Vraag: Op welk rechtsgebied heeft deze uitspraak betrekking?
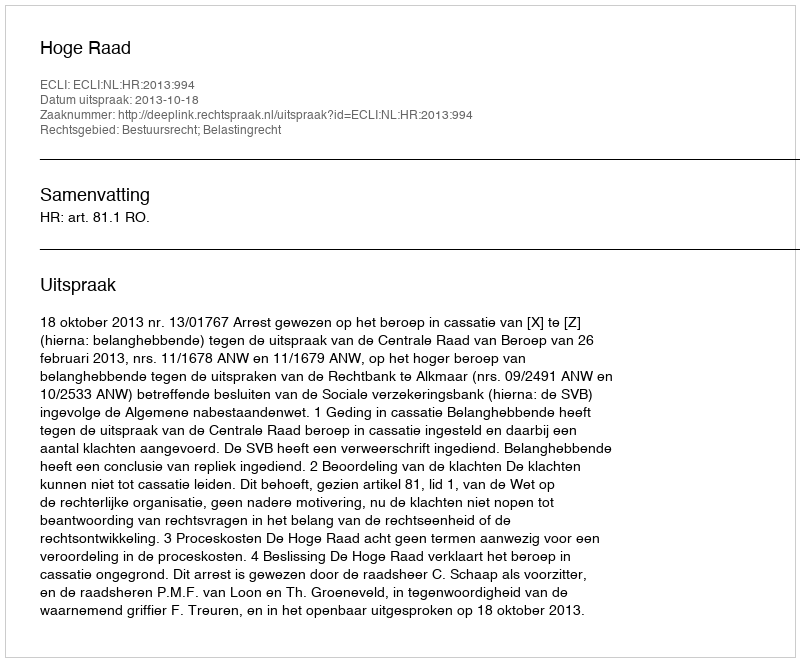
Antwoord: Bestuursrecht; Belastingrecht